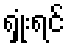
ရှုံးရင်